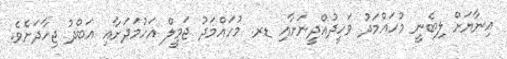
އިނާޔަށް ލިބެނީ މުހައްމަދު ވަހީދުއްދީނަށާއި ޑރ. މުހައްމަދު ޖަމީލް އަހުމަދަށާއި އަބްދު ޖިހާދަށެވެ.